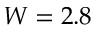
W = 2 . 8